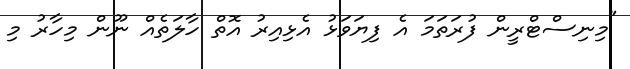
"މިނިސްޓްރީން ފުރަތަމަ އެ ފިޔަވަޅު އެޅިއިރު އޮތް ހާލަތެއް ނޫން މިހާރު މި